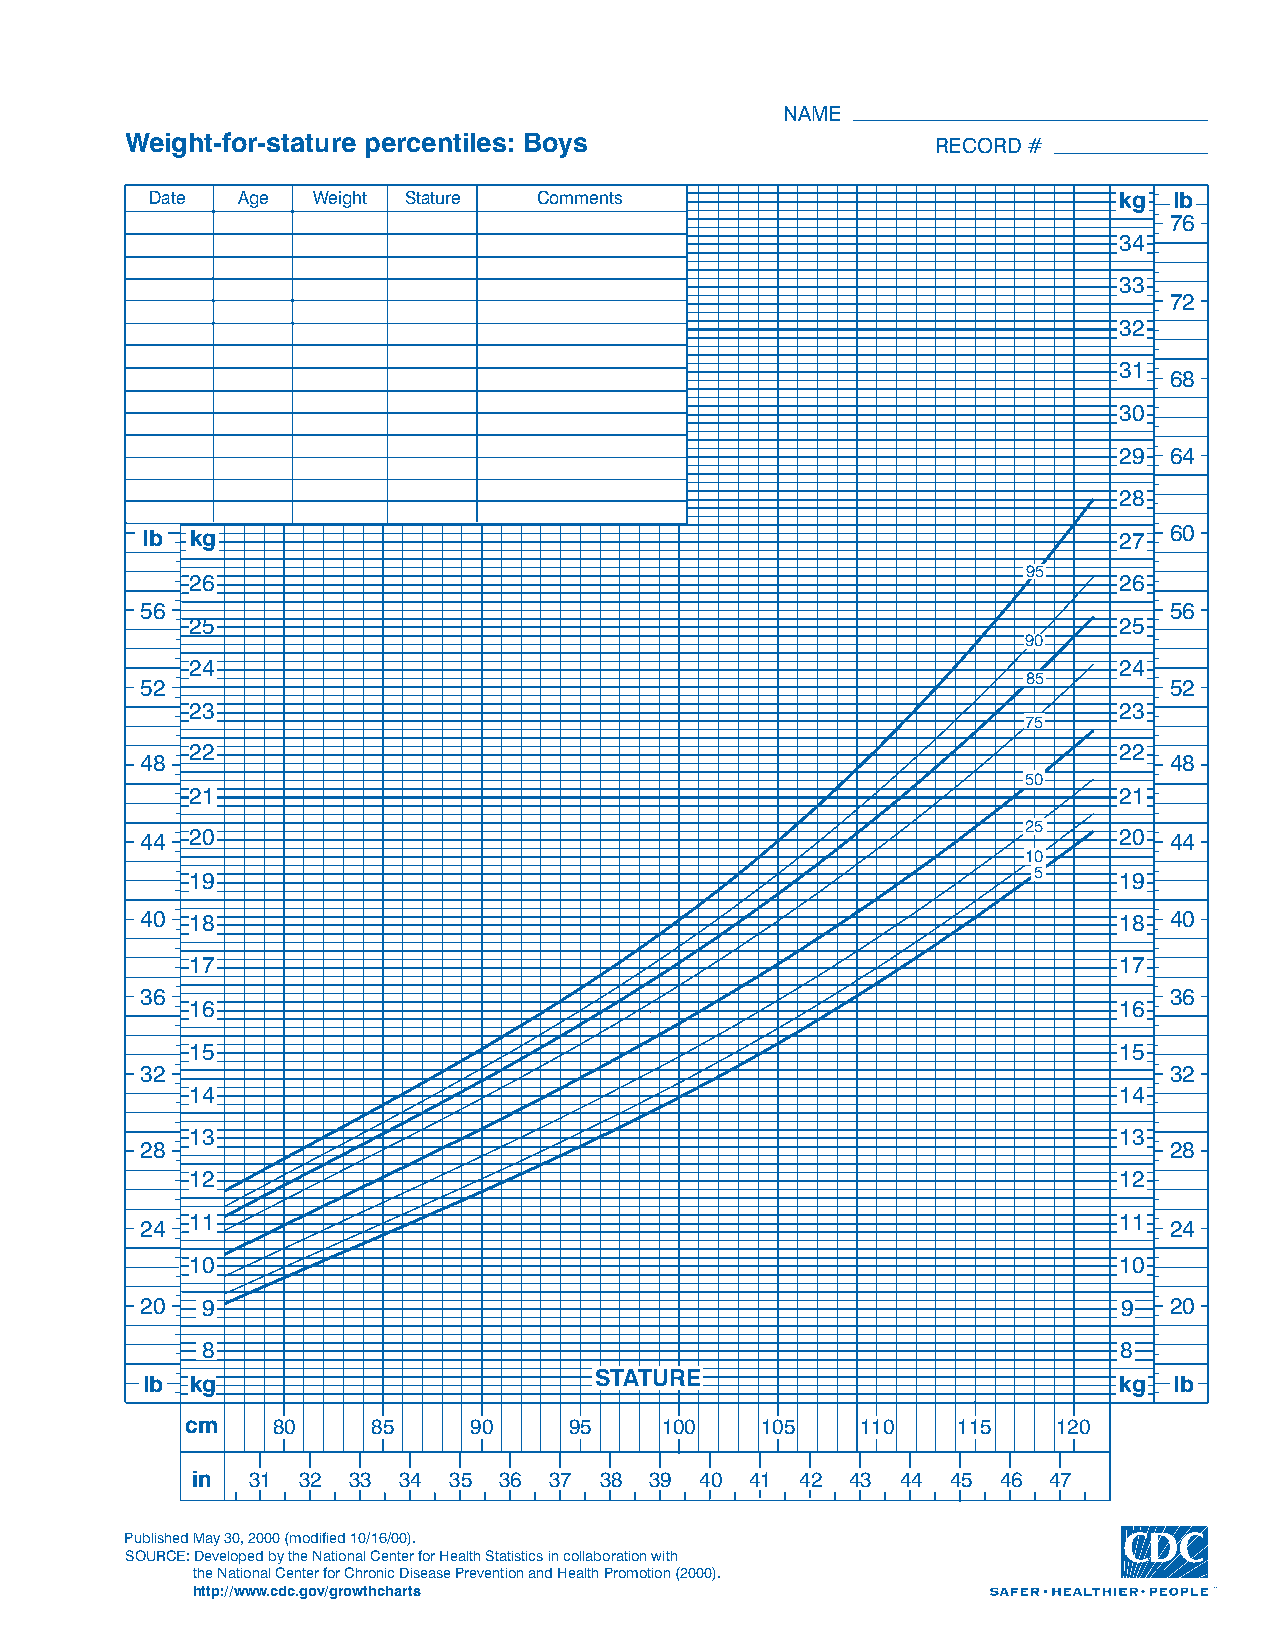
NAME
 Weight-for-stature percentiles: Boys                  RECORD#
 Date  Age  Weight Stature Comments                              kkgg llbb
 76
 34
 33
 72
 32
 31
 68
 30
 29 64
 28
 lb  kg                                                           27 60
 9955
 26                                                           26
 56                                                                  56
 25                                                           25
 90
 24                                                           24
 85
 52                                                                  52
 23                                                           23
 75
 22                                                           22
 48                                                                  48
 50
 21                                                           21
 25
 44  20                                                           20 44
 10
 19                                                     5     19
 40  18                                                           18 40
 17                                                           17
 36                                                                  36
 16                                                           16
 15                                                           15
 32                                                                  32
 14                                                           14
 13                                                           13
 28                                                                  28
 12                                                           12
 11                                                           11
 24                                                                  24
 10                                                           10
 20  9                                                            9  20
 8                                                            8
 STATURE
 lb  kg                                                           kg  lb
 cm    80     85    90     95    100   105    110   115    120
 in 31  32 33 34  35 36 37  38 39 40  41 42 43  44 45 46 47
 PublishedMay30,2000(modified10/16/00).
 SOURCE:DevelopedbytheNationalCenterforHealthStatisticsincollaborationwith
 theNationalCenterforChronicDiseasePreventionandHealthPromotion(2000).
 http://www.cdc.gov/growthcharts